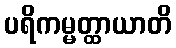
ပရိကမ္မတ္ထာယာတိ